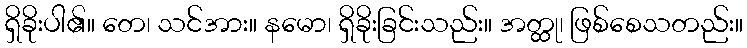
ရှိခိုးပါ၏။ တေ၊ သင်အား။ နမော၊ ရှိခိုးခြင်းသည်း။ အတ္ထု၊ ဖြစ်စေသတည်း။